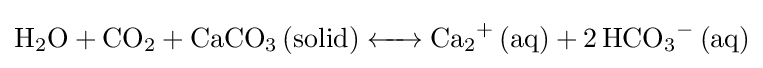
{\ce {H2O + CO2 + CaCO3 (solid) <-> Ca2+ (aq) + 2HCO3- (aq)}}